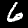
Digit: 6